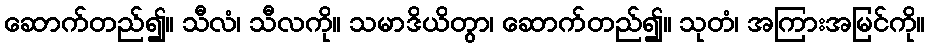
ဆောက်တည်၍။ သီလံ၊ သီလကို။ သမာဒိယိတွာ၊ ဆောက်တည်၍။ သုတံ၊ အကြားအမြင်ကို။